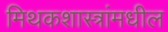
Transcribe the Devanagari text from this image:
मिथकशास्त्रांमधील